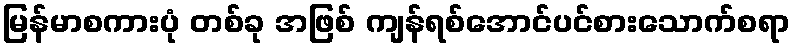
မြန်မာစကားပုံ တစ်ခု အဖြစ် ကျန်ရစ်အောင်ပင်စားသောက်စရာ